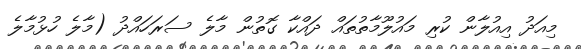
މިއަދު އިއުލާން ކުރި މައުލޫމާތުތައް ދައްކާ ގޮތުން މާލެ ސަރަހައްދު (މާލެ ހުޅުމާލެ